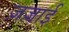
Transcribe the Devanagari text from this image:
ज़ज़ाई